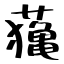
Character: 𦿷